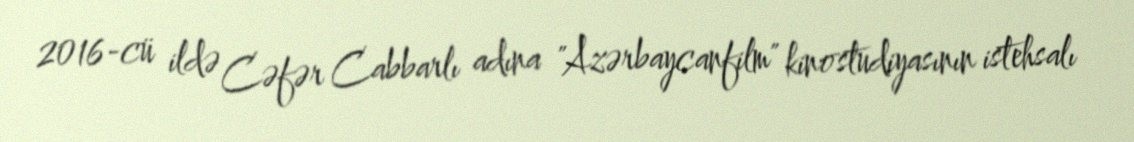
2016-cü ildə Cəfər Cabbarlı adına "Azərbaycanfilm" kinostudiyasının istehsalı